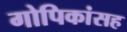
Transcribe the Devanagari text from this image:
गोपिकांसह